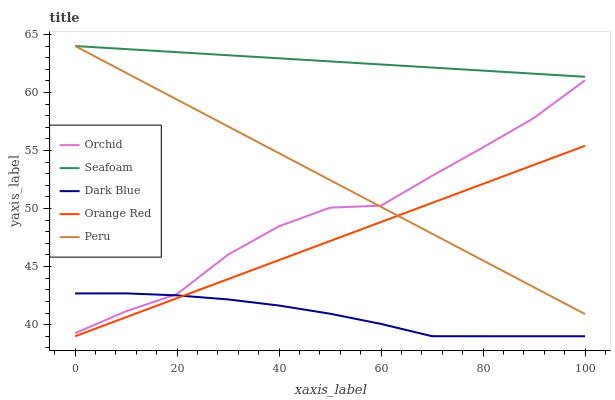
| xaxis_label | Orchid | Seafoam | Dark Blue | Orange Red | Peru |
 | --- | --- | --- | --- | --- | --- |
 | 0 | 39.3 | 64 | 42.7 | 39 | 64 |
 | 10 | 41.1 | 63.7 | 42.7 | 40.6 | 61.7 |
 | 20 | 42.6 | 63.5 | 42.5 | 42.3 | 59.4 |
 | 30 | 46 | 63.2 | 42.2 | 43.9 | 57.1 |
 | 40 | 48.5 | 62.9 | 41.6 | 45.6 | 54.8 |
 | 50 | 50.1 | 62.7 | 40.9 | 47.2 | 52.5 |
 | 60 | 50.2 | 62.4 | 40.1 | 48.8 | 50.1 |
 | 70 | 52.8 | 62.1 | 39 | 50.5 | 47.8 |
 | 80 | 55.3 | 61.9 | 39 | 52.1 | 45.5 |
 | 90 | 57.8 | 61.6 | 39 | 53.8 | 43.2 |
 | 100 | 61 | 61.4 | 39 | 55.4 | 40.9 |